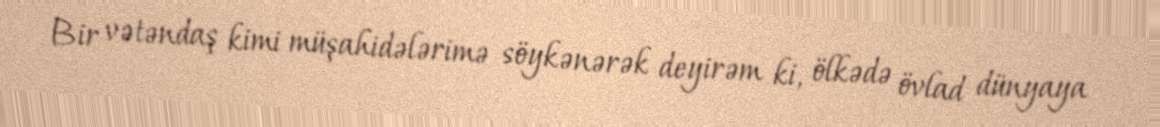
Bir vətəndaş kimi müşahidələrimə söykənərək deyirəm ki, ölkədə övlad dünyaya